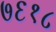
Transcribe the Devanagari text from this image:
७६१८